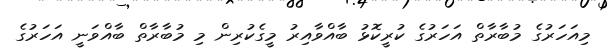
މިއަހަރުގެ މުބާރާތް އަހަރުގެ ކުރީކޮޅު ބާއްވާއިރު މީގެކުރިން މި މުބާރާތް ބާއްވަނީ އަހަރުގެ